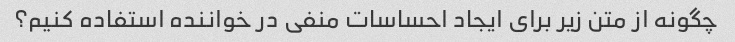
چگونه از متن زیر برای ایجاد احساسات منفی در خواننده استفاده کنیم؟